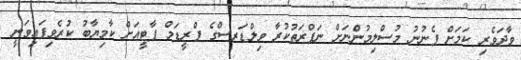
ވާދަވެރި ކަމަށް ފެނުނު މުސްލިމުންނަށް ނަފްރަތުކުރާ ވިލްޑަރސްގެ ފްރީޑަމް ޕާޓީއަށް ކާމިޔާބު ކުރެވިފައިވަނީ